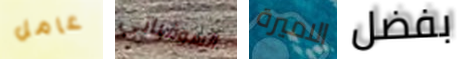
عامل السوفياتي الاميرة بفضل